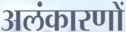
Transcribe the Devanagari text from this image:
अलंकारणों